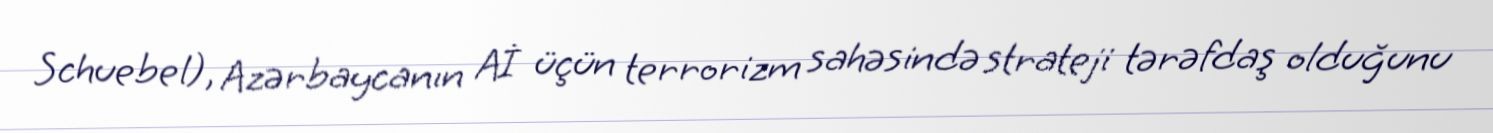
Schuebel), Azərbaycanın Aİ üçün terrorizm sahəsində strateji tərəfdaş olduğunu